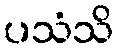
ပသံသိ